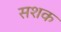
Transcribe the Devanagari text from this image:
सशक